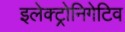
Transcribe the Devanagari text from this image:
इलेक्ट्रोनिगेटिव